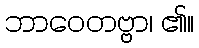
ဘာဝေတဗ္ဗာ၊ ၏။